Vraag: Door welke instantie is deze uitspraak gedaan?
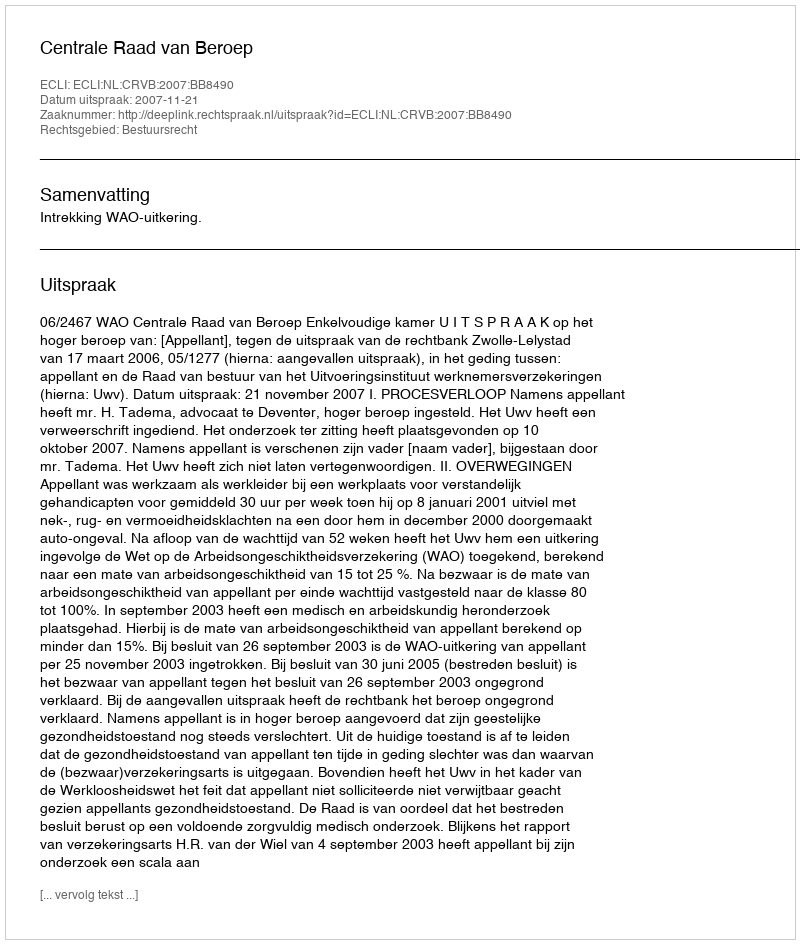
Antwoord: Centrale Raad van Beroep